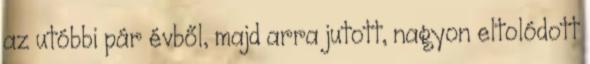
az utóbbi pár évből, majd arra jutott, nagyon eltolódott